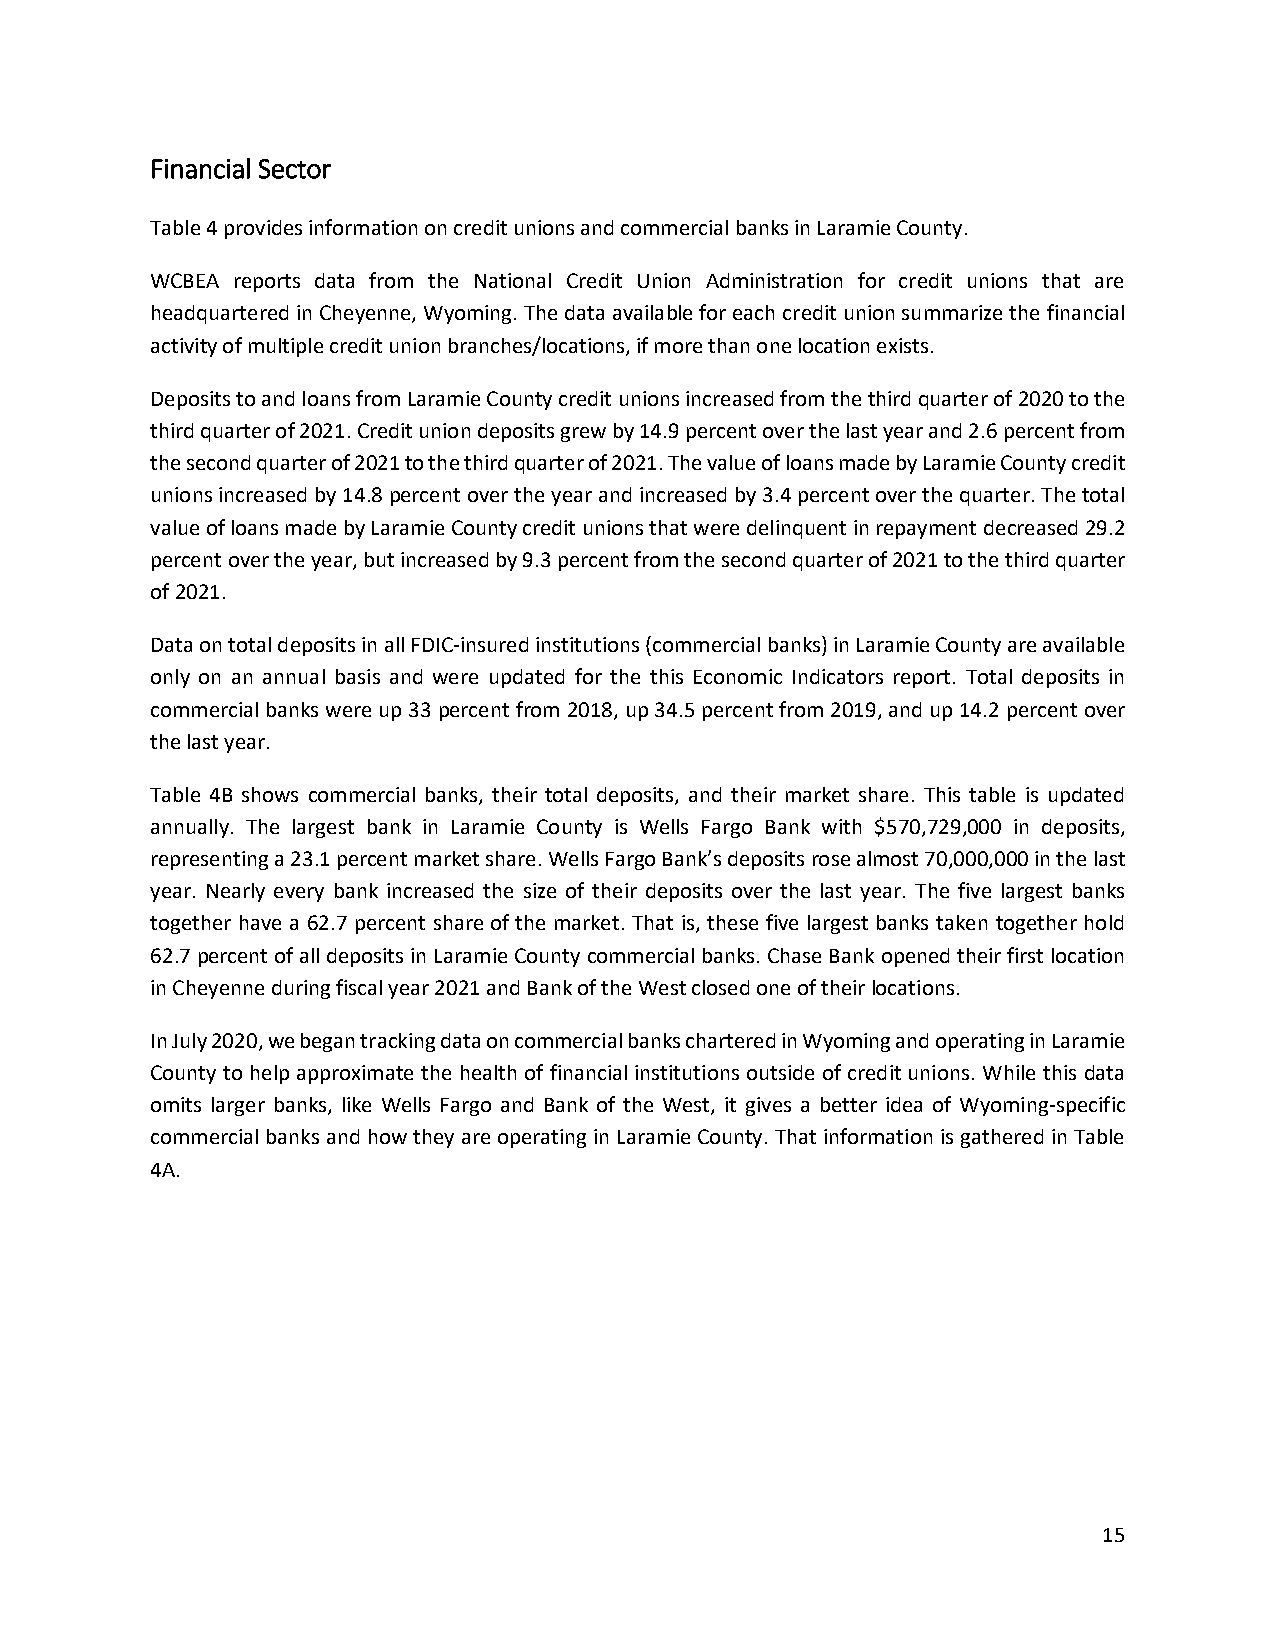
Financial Sector
 Table 4 provides information on credit unions and commercial banks in Laramie County.
 WCBEA reports data from the National Credit Union Administration for credit unions that are
 headquartered in Cheyenne, Wyoming. The data available for each credit union summarize the financial
 activity of multiple credit union branches/locations, if more than one location exists.
 Deposits to and loans from Laramie County credit unions increased from the third quarter of 2020 to the
 third quarter of 2021. Credit union deposits grew by 14.9 percent over the last year and 2.6 percent from
 the second quarter of 2021 to the third quarter of 2021. The value of loans made by Laramie County credit
 unions increased by 14.8 percent over the year and increased by 3.4 percent over the quarter. The total
 value of loans made by Laramie County credit unions that were delinquent in repayment decreased 29.2
 percent over the year, but increased by 9.3 percent from the second quarter of 2021 to the third quarter
 of 2021.
 Data on total deposits in all FDIC-insured institutions (commercial banks) in Laramie County are available
 only on an annual basis and were updated for the this Economic Indicators report. Total deposits in
 commercial banks were up 33 percent from 2018, up 34.5 percent from 2019, and up 14.2 percent over
 the last year.
 Table 4B shows commercial banks, their total deposits, and their market share. This table is updated
 annually. The largest bank in Laramie County is Wells Fargo Bank with $570,729,000 in deposits,
 representing a 23.1 percent market share. Wells Fargo Bank’s deposits rose almost 70,000,000 in the last
 year. Nearly every bank increased the size of their deposits over the last year. The five largest banks
 together have a 62.7 percent share of the market. That is, these five largest banks taken together hold
 62.7 percent of all deposits in Laramie County commercial banks. Chase Bank opened their first location
 in Cheyenne during fiscal year 2021 and Bank of the West closed one of their locations.
 In July 2020, we began tracking data on commercial banks chartered in Wyoming and operating in Laramie
 County to help approximate the health of financial institutions outside of credit unions. While this data
 omits larger banks, like Wells Fargo and Bank of the West, it gives a better idea of Wyoming-specific
 commercial banks and how they are operating in Laramie County. That information is gathered in Table
 4A.
 15